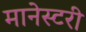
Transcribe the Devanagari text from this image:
मानेस्टरी